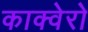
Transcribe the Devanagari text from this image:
काक्वेरो